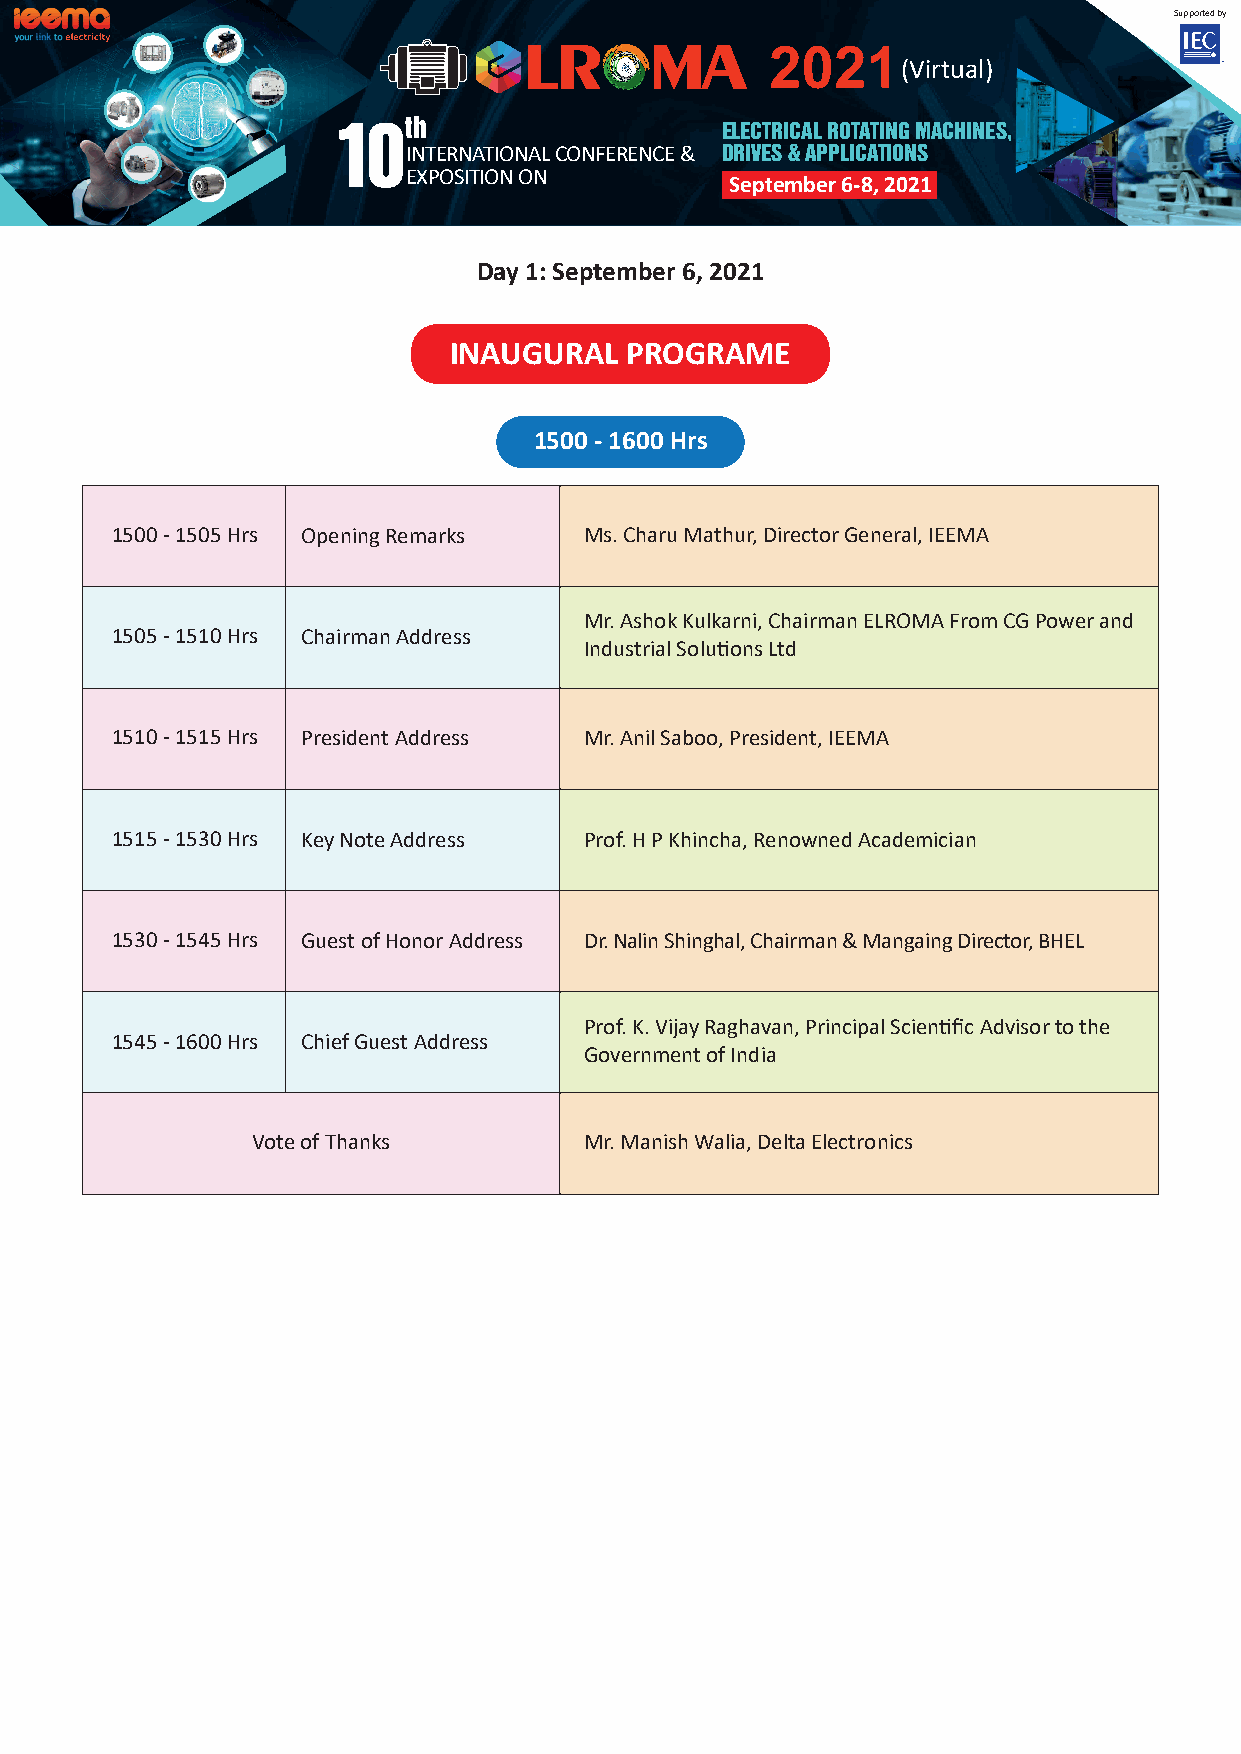
Supported by
 2021
 (Virtual)
 10th                      ELECTRICAL ROTATING MACHINES,
 INTERNATIONAL CONFERENCE & DRIVES & APPLICATIONS
 EXPOSITION ON
 September 6-8, 2021
 Day 1: September 6, 2021
 INAUGURAL  PROGRAME
 1500 - 1600 Hrs
 1500 - 1505 Hrs Opening Remarks Ms. Charu Mathur, Director General, IEEMA
 Mr. Ashok Kulkarni, Chairman ELROMA From CG Power and
 1505 - 1510 Hrs Chairman Address
 Industrial Solu�ons Ltd
 1510 - 1515 Hrs President Address Mr. Anil Saboo, President, IEEMA
 1515 - 1530 Hrs Key Note Address Prof. H P Khincha, Renowned Academician
 1530 - 1545 Hrs Guest of Honor Address Dr. Nalin Shinghal, Chairman & Mangaing Director, BHEL
 Prof. K. Vijay Raghavan, Principal Scien�fic Advisor to the
 1545 - 1600 Hrs Chief Guest Address
 Government of India
 Vote of Thanks        Mr. Manish Walia, Delta Electronics